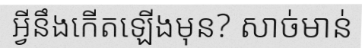
អ្វីនឹងកើតឡើងមុន? សាច់មាន់